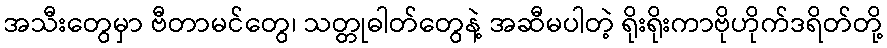
အသီးတွေမှာ ဗီတာမင်တွေ၊ သတ္တုဓါတ်တွေနဲ့ အဆီမပါတဲ့ ရိုးရိုးကာဗိုဟိုက်ဒရိတ်တို့